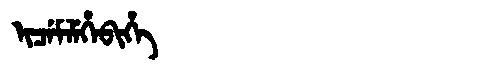
Manchu: ᡳᠴᡝᠮᠯᡝᡥᡝᠪᡳᡥᡝ
Romanization: ICEMLEHEBIHE